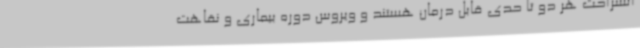
استراحت هر دو تا حدی قابل درمان هستند و ویروس دوره بیماری و نقاهت